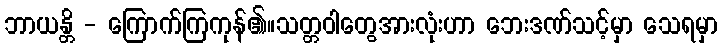
ဘာယန္တိ - ကြောက်ကြကုန်၏။သတ္တဝါတွေအားလုံးဟာ ဘေးဒဏ်သင့်မှာ သေရမှာ